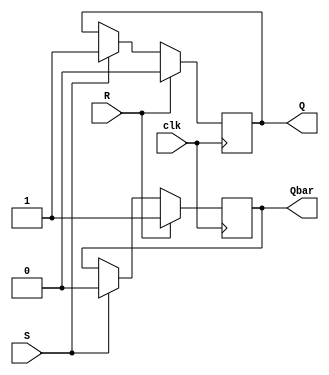
module SR_Latch (
    input S,
    input R,
    input clk,
    output reg Q,
    output reg Qbar
);

always @(posedge clk) begin
    if (R) begin
        Q <= 0;
        Qbar <= 1;
    end else if (S) begin
        Q <= 1;
        Qbar <= 0;
    end
end

endmodule